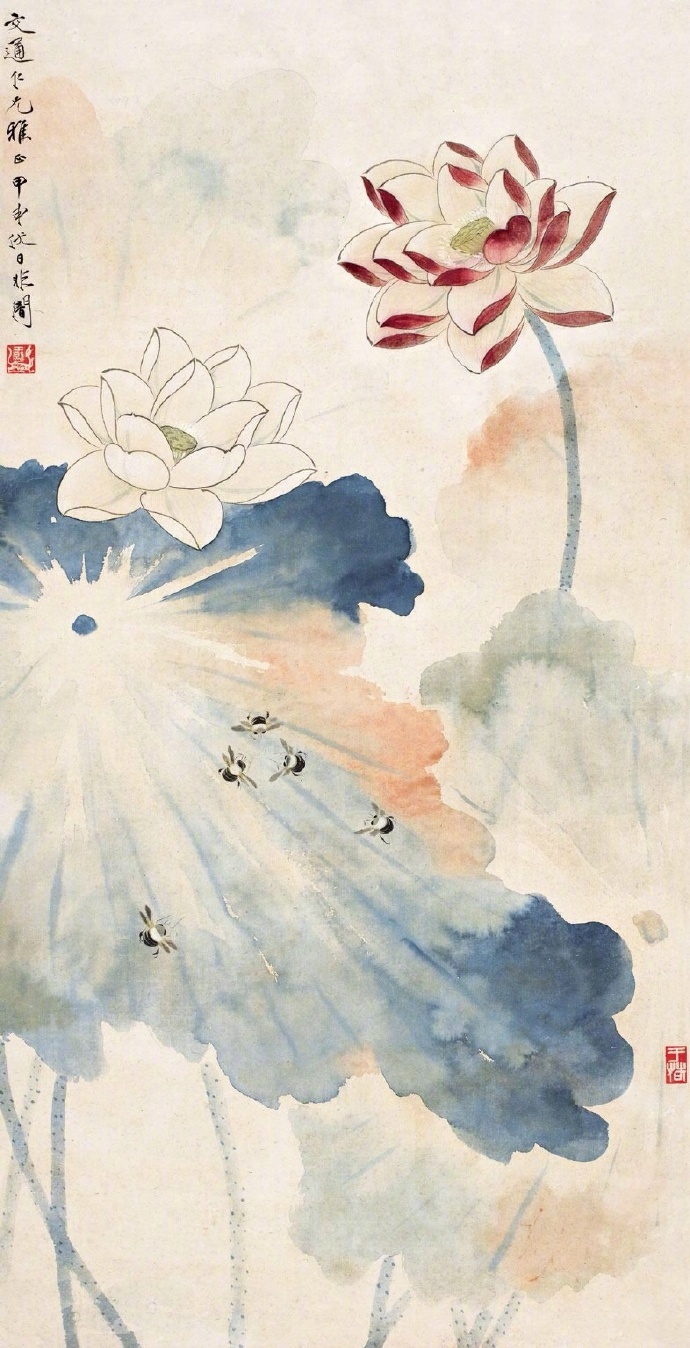
风蒲猎猎小池塘。过雨荷花满院香。